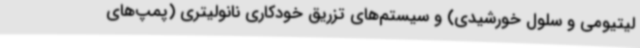
لیتیومی و سلول خورشیدی) و سیستم‌های تزریق خودکاری نانولیتری (پمپ‌های